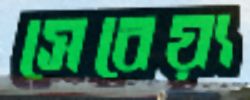
সেবেয়্য